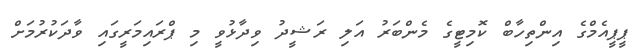
ޕީޕީއެމްގެ އިންތިހާބް ކޮމިޓީގެ މެންބަރު އަލި ރަޝީދު ވިދާޅުވީ މި ޕްރައިމަރީގައި ވާދަކުރުމަށް